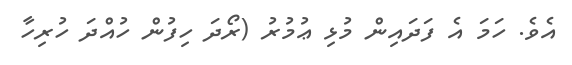
އެވެ. ހަމަ އެ ފަދައިން މުޅި ޢުމުރު (ރޯދަ ހިފުން ހުއްދަ ހުރިހާ